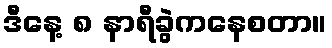
ဒီနေ့ ၈ နာရီခွဲကနေစတာ။